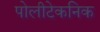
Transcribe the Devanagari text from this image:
पोलीटेकनिक